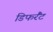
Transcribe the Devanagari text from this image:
डिफरैंट